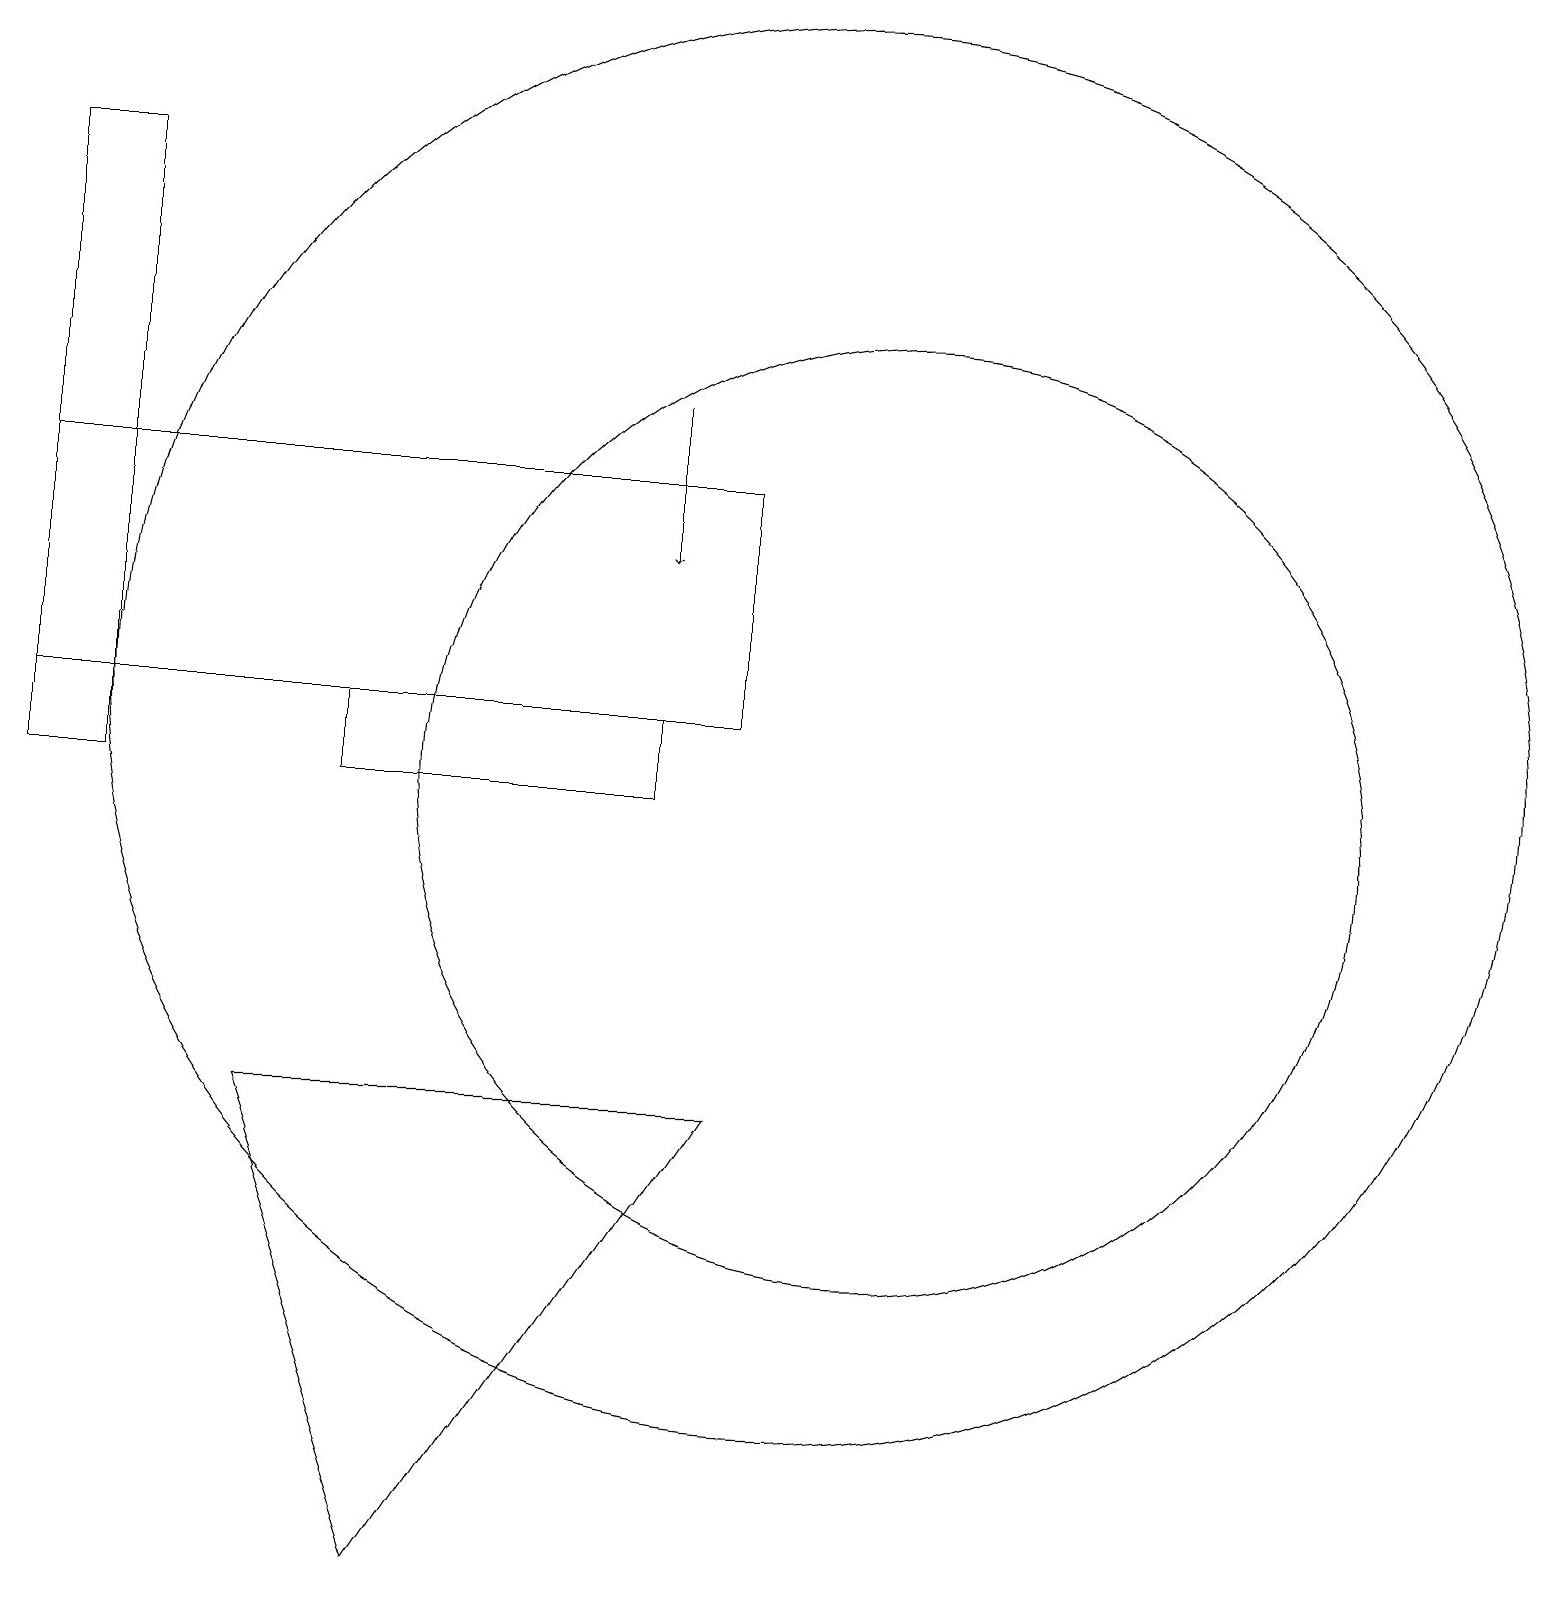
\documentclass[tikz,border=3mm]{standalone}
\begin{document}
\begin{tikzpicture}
\draw (9,14) rectangle (0,11);
\draw (11,10) circle (6);
\draw (8,11) rectangle (4,10);
\draw[->] (8,15) -- (8,13);
\draw (5,0) -- (3,6) -- (9,6) -- cycle;
\draw (10,11) circle (9);
\draw (1,18) rectangle (0,10);
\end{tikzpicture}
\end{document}